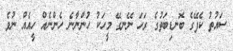
ސައުތު ކެފޭގެ ބޮނޑިބަތުގެ ރަހަ ނޭނގޭ މީހަކު ހުންނާނެ ހެންނެއް ހީއެއް ނުވެ